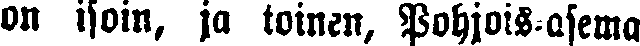
on isoin, ja toinen, Pohjois-asema